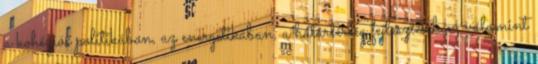
a kohéziós politikában, az energetikában, a határtérség fejlesztésében, valamint